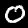
Digit: 0